Annual administration report of the Civil Veterinary Department of India - 1893-1894
Year: 1893
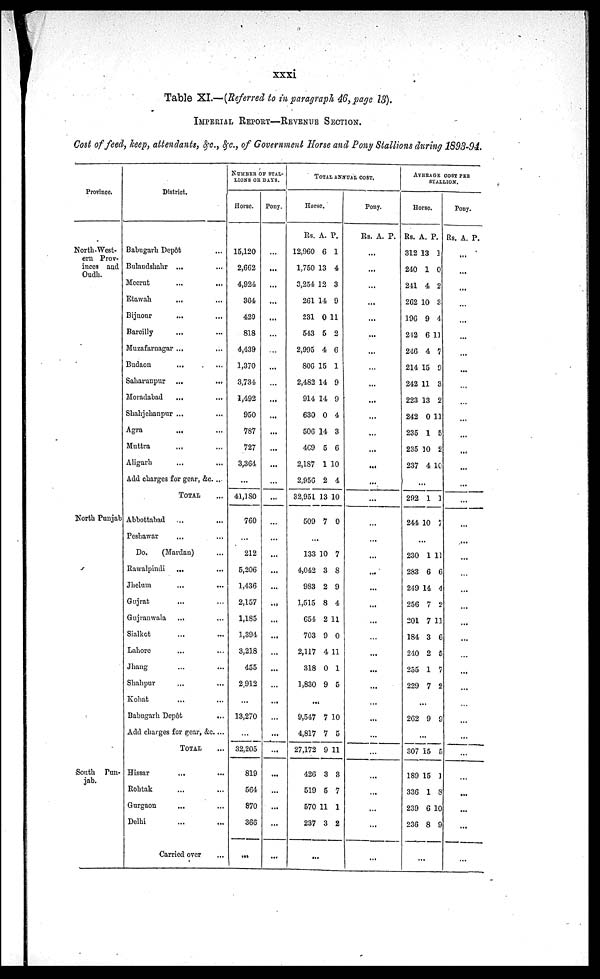
xxxi
Table XI.—(Referred to in paragraph 46, page 13).
IMPERIAL REPORT—REVENUE SECTION.
Cost of feed, keep, attendants, &c., &c., of Government Horse and Pony Stallions during 1893-94.
Province.
North-West-
ern Prov-
inces and
Oudh.
North Punjab
South Pun-
jab.
District.
Babugarh Depôt ...
Bulaudshahr ... ...
Meerut
...
...
Etawah ... ...
Bijnour ... ...
Bareilly ... ...
Muzafarnagar ... ...
Budaon ... ...
Saharunpur
...
...
Moradabad ... ...
Shahjehanpur ... ...
Agra
...
...
Muttra ... ...
Aligarh ... ...
Add charges for gear, &c. ...
TOTAL ...
Abbottabad ... ...
Peshawar ... ...
Do.
(Mardan) ...
Rawalpindi ... ...
Jhelum ... ...
Gujrat ... ...
Gnjranwala ... ...
Sialkot ... ...
Lahore ... ...
Jhang ... ...
Shahpur ... ...
Kohat ... ...
Babugarh Depôt
...
Add charges for gear, &c....
TOTAL
Hissar ... ...
Rohtak ... ...
Gurgaon ... ...
Delhi ... ...
Carried over ...
NUMBER OF STAL-
LIONS OR DAYS.
Horse.
15,120
2,662
4,924
364
429
818
4,439
1,370
3,734
1,492
950
787
727
3,364
...
41,180
760
...
212
5,206
1,436
2,157
1,185
1,394
3,218
455
2,912
...
13,270
32,205
819
564
870
366
...
Pony.
...
...
...
...
...
...
...
...
...
...
...
...
...
...
...
...
... ...
...
...
... ......
...
...
...
...
...
...
...
...
...
...
...
...
...
...
TOTAL ANNUAL COST.
Horse.
Rs.
12,960
1,750
3,254
261
231
543
2,995
806
2,482
914
630
506
469
2,187
2,956
32,951
509
A.
6
13
12
14
0
5
4
15
14
14
0
14
5
1
2
13
7
P.
1
4
3
9
11
2
6
1
9
9
4
3
6
10
4
10
0
...
133
4,042
983
1,515
654
703
2,117
318
1,830
10
3
2
8
2
9
4
0
9
7
8
9
4
11
0
11
1
5
...
9,547
4,817
27,172
426
519
570
237
7
7
9
3
5
11
3
10
5
11
3
7
1
2
...
Pony.
Rs. A. P.
...
...
...
...
...
...
...
...
...
...
...
...
...
...
...
...
...
...
...
...
...
...
...
...
...
...
...
...
...
...
...
...
...
...
...
...
AVERAGE COST PER
STALLION.
Horse.
Rs.
312
240
241
262
196
242
246
214
242
223
242
235
235
237
A.
13
1
4
10
9
6
4
15
11
13
0
1
10
4
P.
1
0
2
3
4
11
7
9
3
2
11
5
2
10
...
292
244
1
10
1
7
...
230
283
249
256
201
184
240
255
229
1
6
14
7
7
3
2
1
7
11
6
4
2
11
6
5
7
2
...
262 9 9
...
307
189
336
239
236
15
15
1
6
8
5
1
8
10
9
...
Pony.
Rs. A. P.
...
...
...
...
...
...
...
...
...
...
...
...
...
...
...
...
...
...
...
...
...
...
...
...
...
...
...
...
...
...
...
...
...
...
...
...